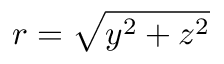
r = \sqrt { y ^ { 2 } + z ^ { 2 } }